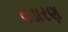
વડારણ